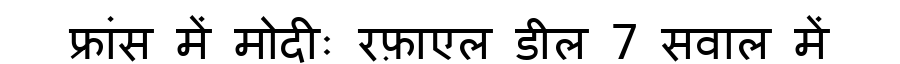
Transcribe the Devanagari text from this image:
फ्रांस में मोदीः रफ़ाएल डील 7 सवाल में